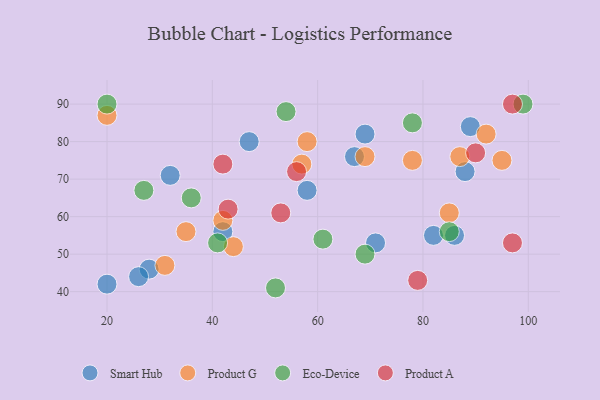
{"axis": {"x": "GDP", "y": "Life Expectancy"}, "legend": ["Eco-Device", "Product A", "Product G", "Smart Hub"], "data": [{"x": "89", "y": 84, "type": "Smart Hub"}, {"x": "42", "y": 56, "type": "Smart Hub"}, {"x": "86", "y": 55, "type": "Smart Hub"}, {"x": "20", "y": 42, "type": "Smart Hub"}, {"x": "28", "y": 46, "type": "Smart Hub"}, {"x": "69", "y": 82, "type": "Smart Hub"}, {"x": "82", "y": 55, "type": "Smart Hub"}, {"x": "32", "y": 71, "type": "Smart Hub"}, {"x": "71", "y": 53, "type": "Smart Hub"}, {"x": "58", "y": 67, "type": "Smart Hub"}, {"x": "88", "y": 72, "type": "Smart Hub"}, {"x": "67", "y": 76, "type": "Smart Hub"}, {"x": "26", "y": 44, "type": "Smart Hub"}, {"x": "47", "y": 80, "type": "Smart Hub"}, {"x": "69", "y": 76, "type": "Product G"}, {"x": "92", "y": 82, "type": "Product G"}, {"x": "87", "y": 76, "type": "Product G"}, {"x": "95", "y": 75, "type": "Product G"}, {"x": "85", "y": 61, "type": "Product G"}, {"x": "31", "y": 47, "type": "Product G"}, {"x": "44", "y": 52, "type": "Product G"}, {"x": "58", "y": 80, "type": "Product G"}, {"x": "42", "y": 59, "type": "Product G"}, {"x": "78", "y": 75, "type": "Product G"}, {"x": "35", "y": 56, "type": "Product G"}, {"x": "57", "y": 74, "type": "Product G"}, {"x": "20", "y": 87, "type": "Product G"}, {"x": "85", "y": 56, "type": "Eco-Device"}, {"x": "54", "y": 88, "type": "Eco-Device"}, {"x": "27", "y": 67, "type": "Eco-Device"}, {"x": "99", "y": 90, "type": "Eco-Device"}, {"x": "36", "y": 65, "type": "Eco-Device"}, {"x": "20", "y": 90, "type": "Eco-Device"}, {"x": "69", "y": 50, "type": "Eco-Device"}, {"x": "41", "y": 53, "type": "Eco-Device"}, {"x": "78", "y": 85, "type": "Eco-Device"}, {"x": "52", "y": 41, "type": "Eco-Device"}, {"x": "61", "y": 54, "type": "Eco-Device"}, {"x": "53", "y": 61, "type": "Product A"}, {"x": "79", "y": 43, "type": "Product A"}, {"x": "42", "y": 74, "type": "Product A"}, {"x": "97", "y": 90, "type": "Product A"}, {"x": "90", "y": 77, "type": "Product A"}, {"x": "56", "y": 72, "type": "Product A"}, {"x": "43", "y": 62, "type": "Product A"}, {"x": "97", "y": 53, "type": "Product A"}]}